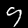
Digit: 9